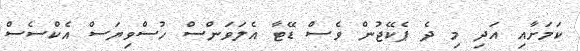
ކަމަށާއި އަދި މި ދެ ޕެކޭޖުން ވެސް ޑޭޓާ އެލަވަންސް ހުސްވިޔަސް އެކްސެސް